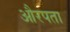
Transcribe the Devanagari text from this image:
औरपता